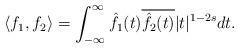
LaTeX: \begin{align*}\langle f_{1},f_{2} \rangle = \int_{-\infty}^{\infty} \hat{f_{1}}(t)\overline{\hat{f_{2}}(t)}\lvert t \rvert^{1-2s}dt.\end{align*}